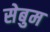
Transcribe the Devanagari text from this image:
सेबुम